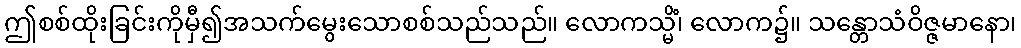
ဤစစ်ထိုးခြင်းကိုမှီ၍အသက်မွေးသောစစ်သည်သည်။ လောကသ္မိံ၊ လောက၌။ သန္တောသံဝိဇ္ဇမာနော၊